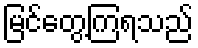
မြင်တွေ့ကြရသည်